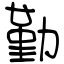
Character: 勤